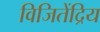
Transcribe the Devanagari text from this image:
विजितेंद्रिय